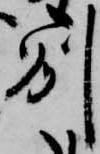
州